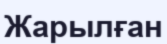
Жарылған